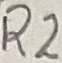
Text: R2